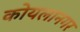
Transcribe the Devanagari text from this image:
कोयलानगर